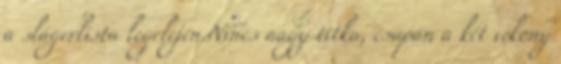
a slágerlista legelején.Nincs nagy titka, csupán a két vékony